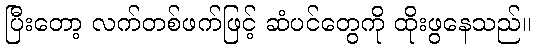
ပြီးတော့ လက်တစ်ဖက်ဖြင့် ဆံပင်တွေကို ထိုးဖွနေသည်။